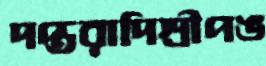
দপ্তরাদিশ্রীপঙ